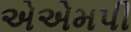
એએમપી